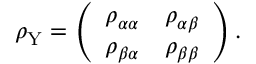
\rho _ { \mathrm { Y } } = \left( \begin{array} { l l } { \rho _ { \alpha \alpha } } & { \rho _ { \alpha \beta } } \\ { \rho _ { \beta \alpha } } & { \rho _ { \beta \beta } } \end{array} \right) .